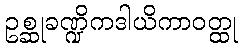
ဥစ္ဆုခဏ္ဍိကဒါယိကာဝတ္ထု